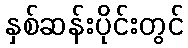
နှစ်ဆန်းပိုင်းတွင်